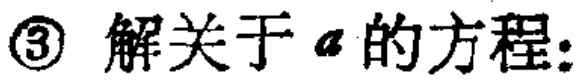
\textcircled{3} 解关于 \(a\) 的方程: